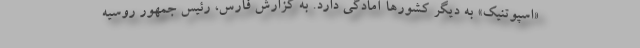
«اسپوتنیک» به دیگر کشورها آمادگی دارد. به گزارش فارس، رئیس جمهور روسیه